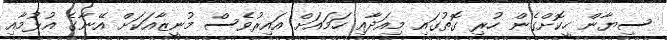
ސިޔާން ހީކޮށްގެން ހުރި ގޮތުގައި މިއަދާއި ހަމައަށް އައިރުވެސް މުނީޒާއަކަށް އޭނާގެ އުޅުމާއި